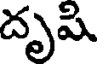
దృషి